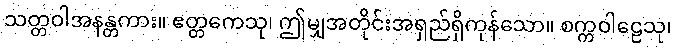
သတ္တဝါအနန္တကား။ ဧတ္တကေသု၊ ဤမျှအတိုင်းအရှည်ရှိကုန်သော။ စက္ကဝါဠေသု၊